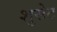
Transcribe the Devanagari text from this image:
शुसेट